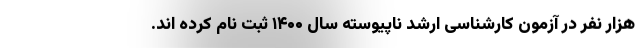
هزار نفر در آزمون کارشناسی ارشد ناپیوسته سال ۱۴۰۰ ثبت نام کرده اند.